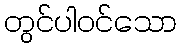
တွင်ပါဝင်သော